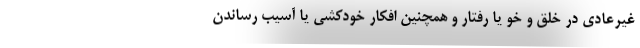
غیرعادی در خلق و خو یا رفتار و همچنین افکار خودکشی یا آسیب رساندن